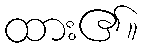
ထား၏။